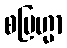
စဗြဟ္မာ